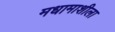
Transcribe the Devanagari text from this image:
मधामाशीला